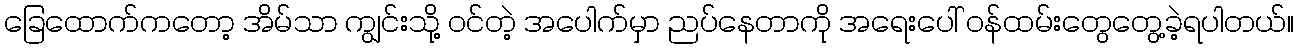
ခြေထောက်ကတော့ အိမ်သာ ကျွင်းသို့ ဝင်တဲ့ အပေါက်မှာ ညပ်နေတာကို အရေးပေါ် ဝန်ထမ်းတွေတွေ့ခဲ့ရပါတယ်။